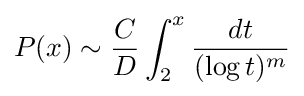
P(x)\sim {\frac {C}{D}}\int _{2}^{x}{\frac {dt}{(\log t)^{m}}}